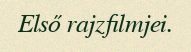
Első rajzfilmjei.